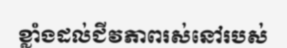
ខ្លាំងដល់ជីវភាពរស់នៅរបស់